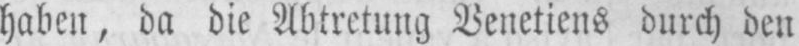
haben, da die Abtretung Venetiens durch den